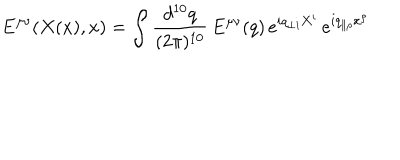
LaTeX: E ^ { \mu \nu } ( X ( x ) , x ) = \int \frac { d ^ { 1 0 } q } { ( 2 \pi ) ^ { 1 0 } } \, E ^ { \mu \nu } ( q ) \, e ^ { i q _ { \perp i } X ^ { i } } \, e ^ { i q _ { \parallel \rho } x ^ { \rho } }